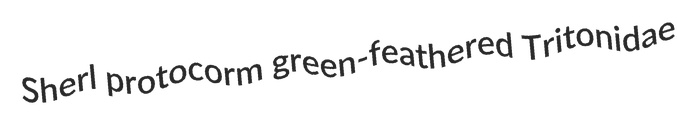
Sherl protocorm green-feathered Tritonidae